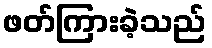
ဖတ်ကြားခဲ့သည်